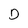
Character: D